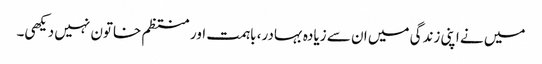
میں نے اپنی زندگی میں ان سے زیادہ بہادر، باہمت اور منتظم خاتون نہیں دیکھی۔